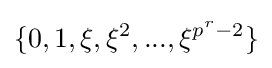
\{0,1,\xi ,\xi ^{2},...,\xi ^{p^{r}-2}\}